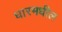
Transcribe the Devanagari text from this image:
धारमधील